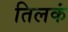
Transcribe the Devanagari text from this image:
तिलकं